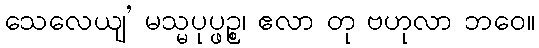
သေလေယျ’ မသ္မပုပ္ဖဉ္စ၊ ဧလာ တု ဗဟုလာ ဘဝေ။